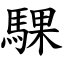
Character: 騍